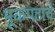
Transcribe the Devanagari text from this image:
मूकपटांचे